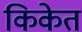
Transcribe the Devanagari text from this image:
किकेत